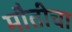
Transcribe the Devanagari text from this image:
मौतीचा